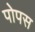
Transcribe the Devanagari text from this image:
पोपस